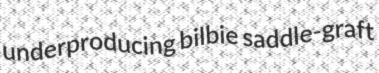
underproducing bilbie saddle-graft